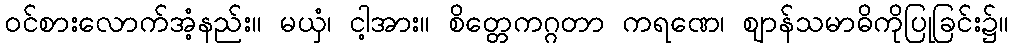
ဝင်စားလောက်အံ့နည်း။ မယှံ၊ ငါ့အား။ စိတ္တေကဂ္ဂတာ ကရဏေ၊ ဈာန်သမာဓိကိုပြုခြင်း၌။